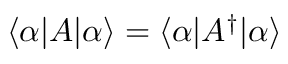
\langle \alpha | A | \alpha \rangle = \langle \alpha | A ^ { \dagger } | \alpha \rangle